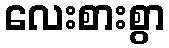
လေးစားစွာ